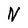
Character: N